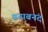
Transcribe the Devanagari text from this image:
प्रनाबनंद